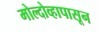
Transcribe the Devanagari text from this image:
मोल्दोव्हापासून